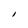
Character: l